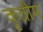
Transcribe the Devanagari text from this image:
कृत्रीम